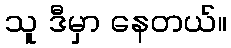
သူ ဒီမှာ နေတယ်။